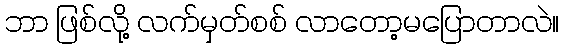
ဘာ ဖြစ်လို့ လက်မှတ်စစ် လာတော့မပြောတာလဲ။